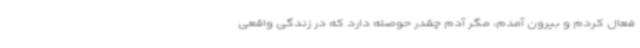
فعال کردم و بیرون آمدم، مگر آدم چقدر حوصله دارد که در زندگی واقعی